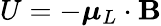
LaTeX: U=-{\boldsymbol{\mu}}_{L}\cdot\mathbf{B}